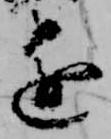
進